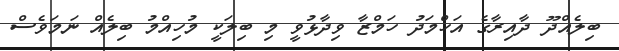
ބިލެއްދޫ ދާއިރާގެ އަހްމަދު ހަމްޒާ ވިދާޅުވީ މި ބިލަކީ މުހިއްމު ބިލެއް ނަމަވެސް